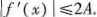
f ' ( x ) ≤ 2 A .